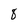
Character: 8